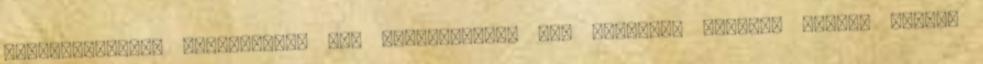
szívfrekvencia növekedést. Más sportágakban pl. lövészet előnyös hatású lehet.